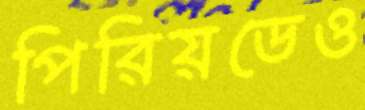
পিরিয়ডেও